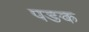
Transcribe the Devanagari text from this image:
पङक